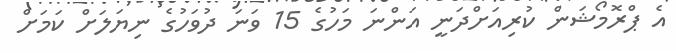
އެ ޕްރޮމޯޝަން ކުރިއަށްދަނީ އަންނަ މަހުގެ 15 ވަނަ ދުވަހުގެ ނިޔަލަށް ކަމަށް